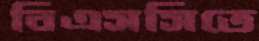
বিএসসিতে